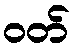
ဝတ်